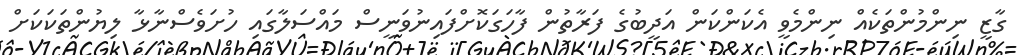
ގާޒީ ނިންމުންތަކެއް ނިންމެވީ އެކަންކަން އަދީބުގެ ފަރާތުން ފާހަގަކޮށްފައިނުވަނީސް މައްސަލާގައި ހުށަވެސްނާޅާ ލިޔުންތަކަކަށް